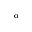
^ \mathrm { o }